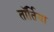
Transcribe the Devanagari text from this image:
तॉर्तिया